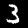
Digit: 3